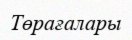
Төрағалары